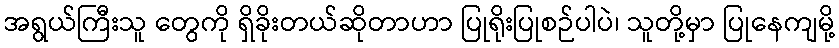
အရွယ်ကြီးသူ တွေကို ရှိခိုးတယ်ဆိုတာဟာ ပြုရိုးပြုစဉ်ပါပဲ၊ သူတို့မှာ ပြုနေကျမို့